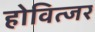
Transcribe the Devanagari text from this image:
होवित्जर